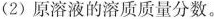
(2)原溶液的溶质质量分数。